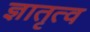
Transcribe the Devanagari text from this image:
ज्ञातृत्व